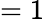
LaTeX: =1